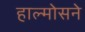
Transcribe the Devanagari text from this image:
हाल्मोसने